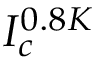
I _ { c } ^ { 0 . 8 K }